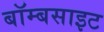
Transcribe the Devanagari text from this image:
बॉम्बसाइट